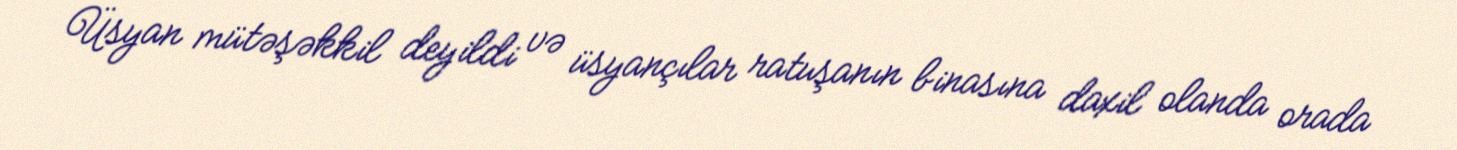
Üsyan mütəşəkkil deyildi və üsyançılar ratuşanın binasına daxil olanda orada